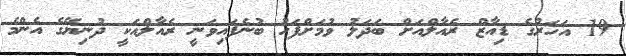
19 އަހަރުގެ ޑިއާޒް ރެއާލްއަށް ބަދަލު ވުމަށްފަހު ބުނެފައިވަނީ ރެއާލްއަކީ ދުނިޔޭގެ އެންމެ